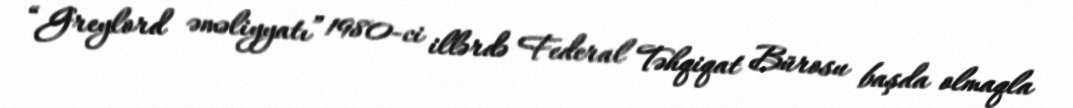
“Greylord əməliyyatı” 1980-ci illərdə Federal Təhqiqat Bürosu başda olmaqla